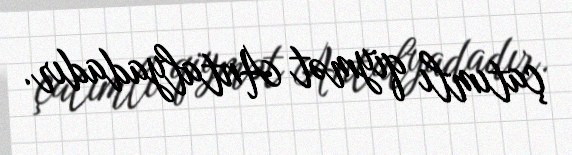
çatımlı qiymət Antalyadadır.